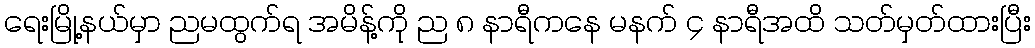
ရေးမြို့နယ်မှာ ညမထွက်ရ အမိန့်ကို ည ၈ နာရီကနေ မနက် ၄ နာရီအထိ သတ်မှတ်ထားပြီး